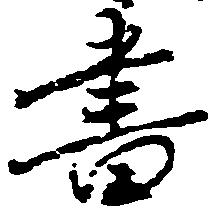
書